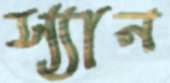
স্যান